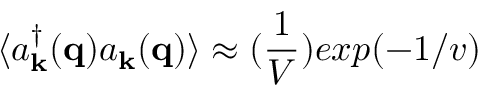
\langle a _ { { \bf { k } } } ^ { \dagger } ( { \bf { q } } ) a _ { { \bf { k } } } ( { \bf { q } } ) \rangle \approx ( \frac { 1 } { V } ) e x p ( - 1 / v )